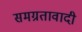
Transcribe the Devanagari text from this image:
समग्रतावादी